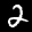
Label: 2